Preliminary report on the killing of rats and rat fleas by hydrocyanic acid gas - Number 38
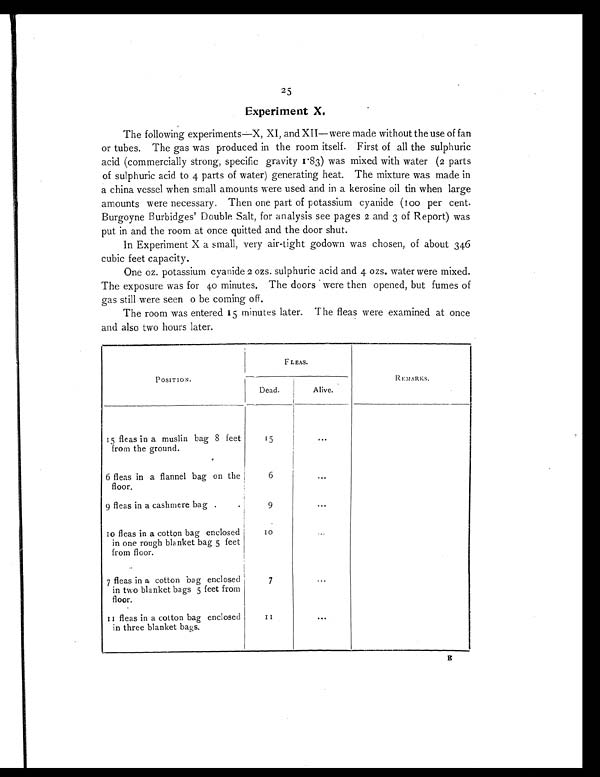
25
Experiment X.
The following experiments—X, XI, and XII— were made without the use of fan
E
or tubes. The gas was produced in the room itself. First of all the sulphuric
acid (commercially strong, specific gravity 1.83) was mixed with water (2 parts
of sulphuric acid to 4 parts of water) generating heat. The mixture was made in
a china vessel when small amounts were used and in a kerosine oil tin when large
amounts were necessary. Then one part of potassium cyanide (100 per cent.
Burgoyne Burbidges' Double Salt, for analysis see pages 2 and 3 of Report) was
put in and the room at once quitted and the door shut.
In Experiment X a small, very air-tight godown was chosen, of about 346
cubic feet capacity.
One oz. potassium cyanide 2 ozs. sulphuric acid and 4 ozs. water were mixed.
The exposure was for 40 minutes. The doors were then opened, but fumes of
gas still were seen o be coming off.
The room was entered 15 minutes later. The fleas were examined at once
and also two hours later.
POSITION.
FLEAS.
REMARKS.
Dead.
Alive.
15 fleas in a muslin bag 8 feet
from the ground.
15
...
6 fleas in a flannel bag on the
floor.
6
. . .
9 fleas in a cashmere bag . .
9
. . .
10 fleas in a cotton bag enclosed
in one rough blanket bag 5 feet
from floor.
1 0
...
7 fleas in a cotton bag enclosed
in two blanket bags 5 feet from
floor.
7
. . .
11 fleas in a cotton bag enclosed
in three blanket bags.
11
. . .